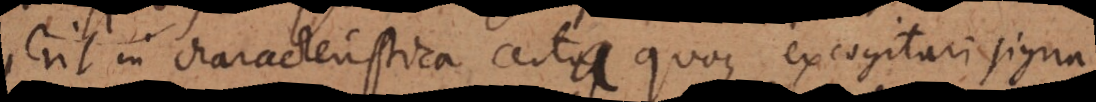
erit in characteristica certa quoque excogitari signa